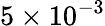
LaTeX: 5\times 10^{-3}